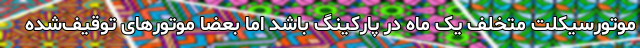
موتورسیکلت متخلف یک ماه در پارکینگ باشد اما بعضاً موتورهای توقیف‌شده